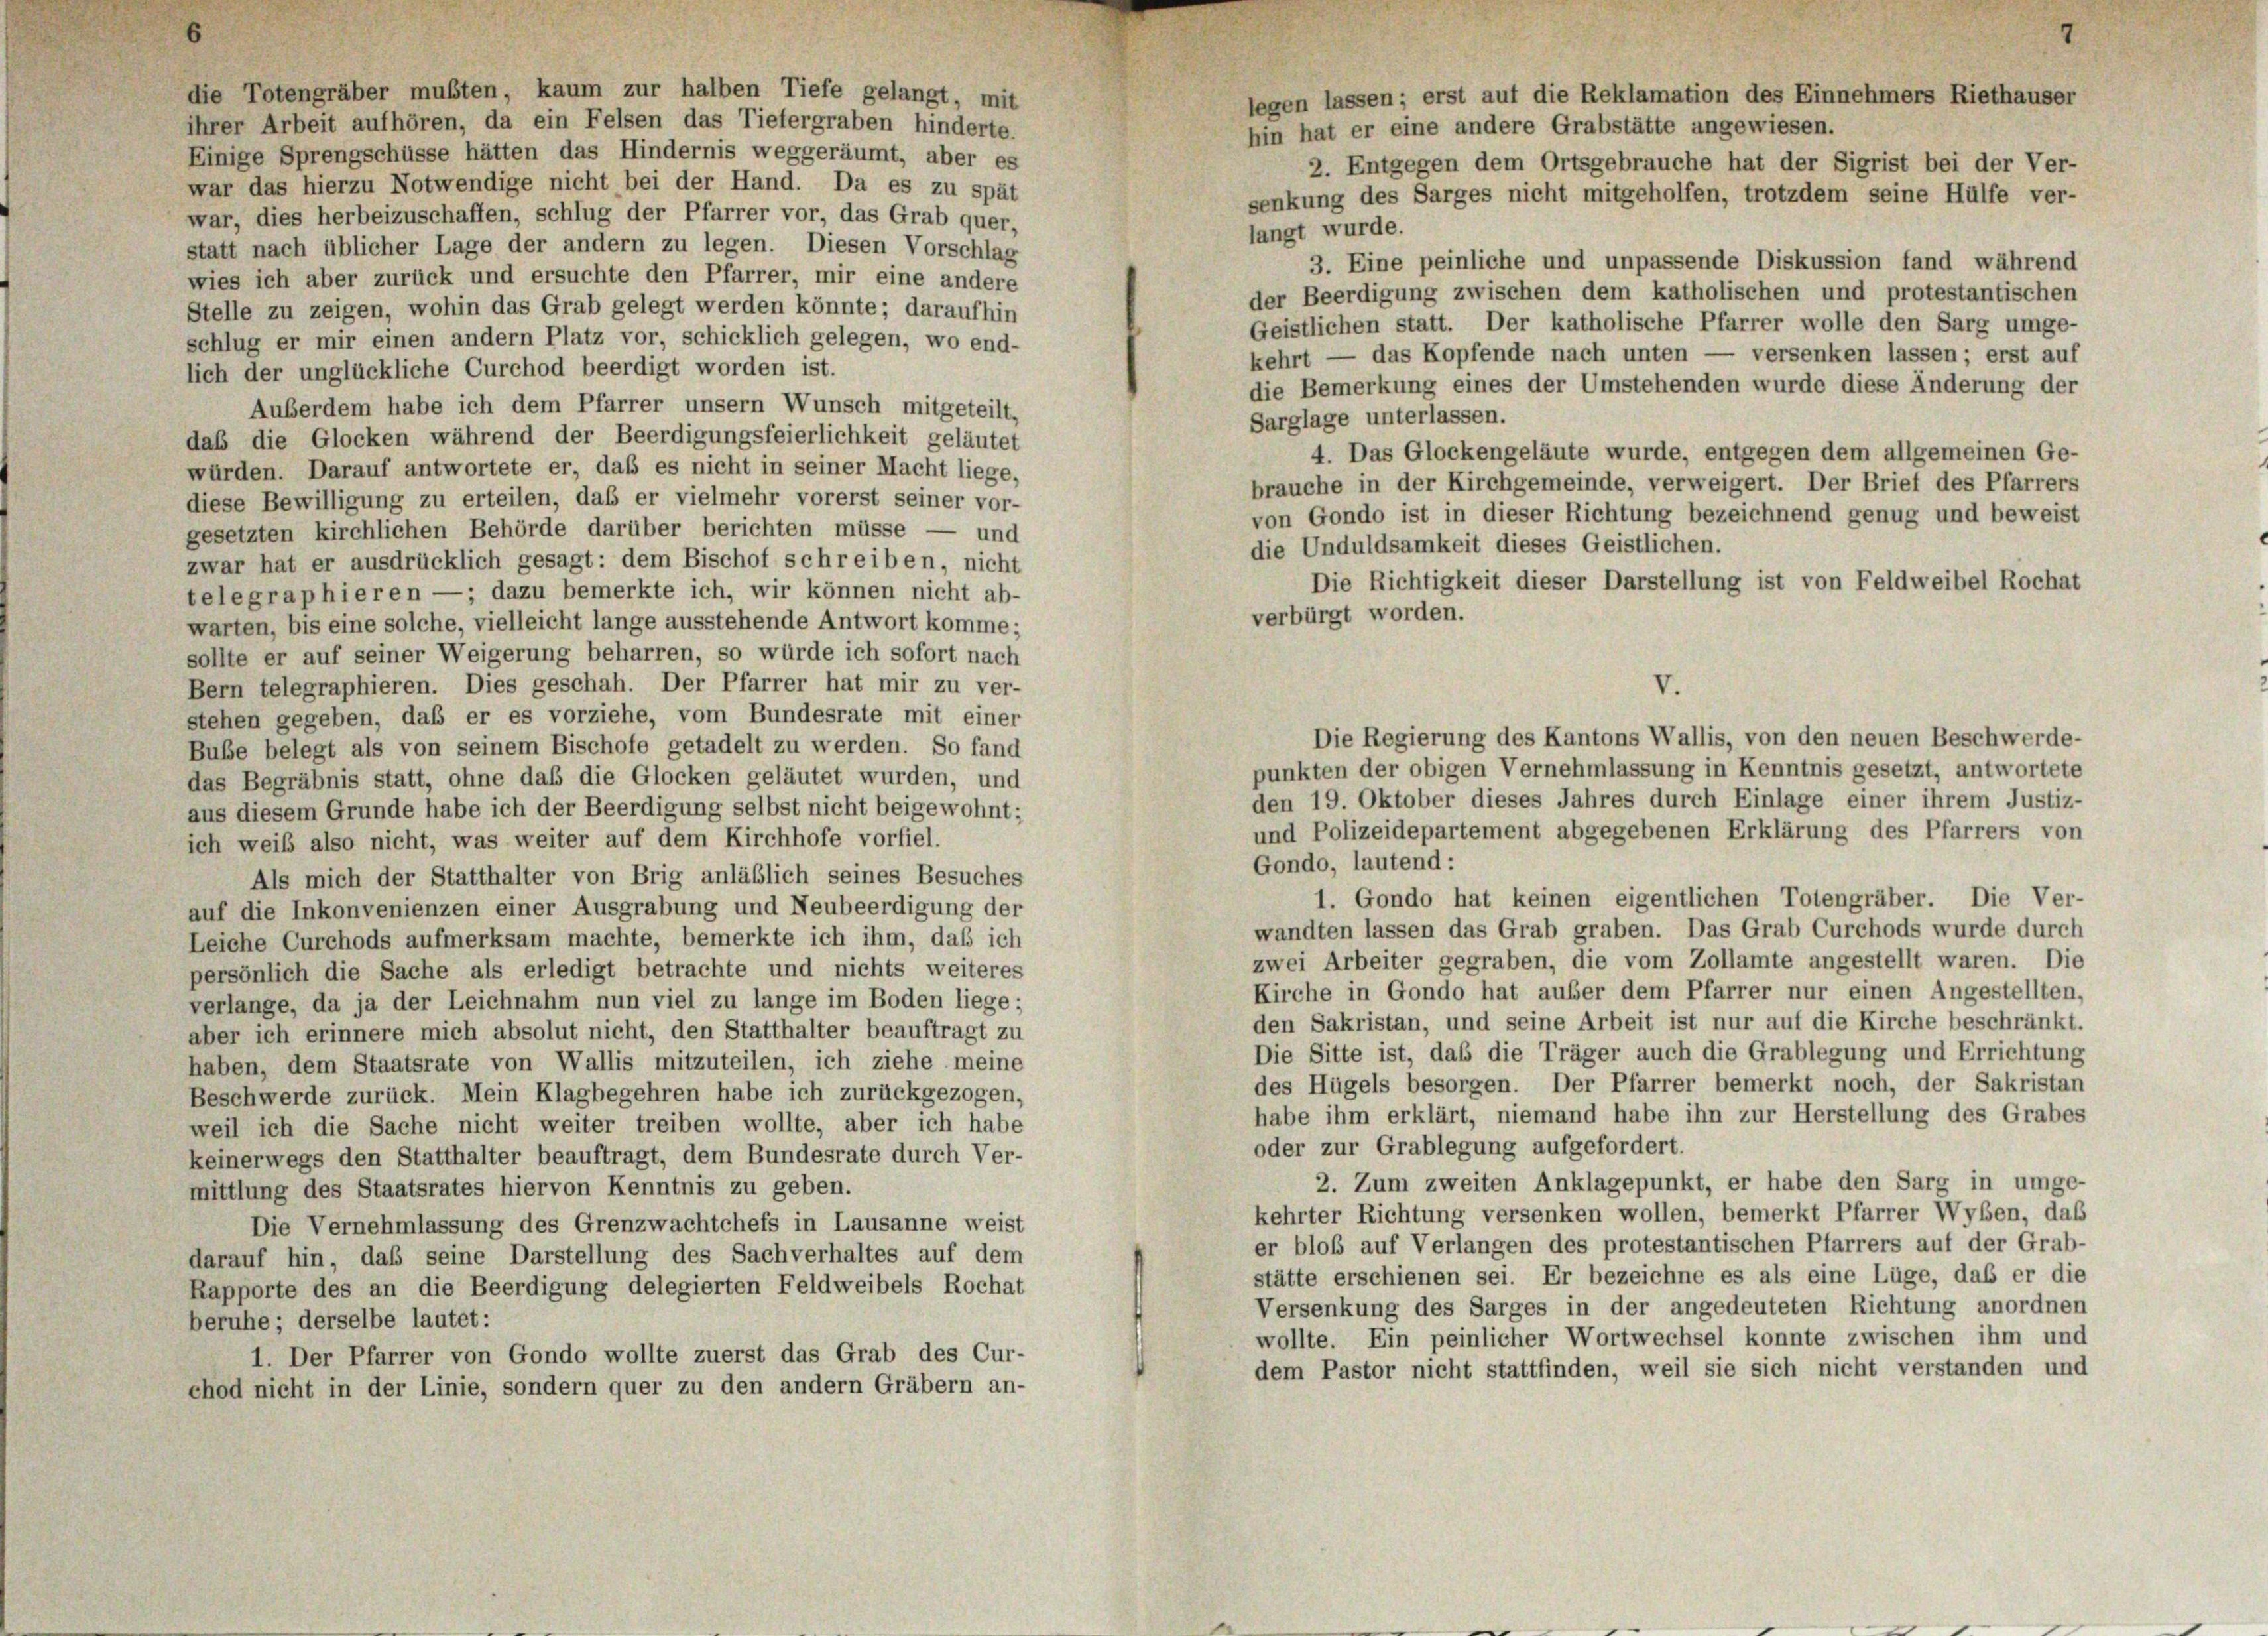
die Totengräber mußten, kaum zur halben Tiefe gelangt, mit
ihrer Arbeit aufhören, da ein Felsen das Tiefergraben hinderte.
Einige Sprengschüsse hätten das Hindernis weggeräumt, aber es
war das hierzu Notwendige nicht bei der Hand. Da es zu spät

legen lassen; erst auf die Reklamation des Einnehmers Riethauser
hin hat er eine andere Grabstätte angewiesen.
2. Entgegen dem Ortsgebrauche hat der Sigrist bei der Ver-
senkung des Sarges nicht mitgeholfen, trotzdem seine Hülfe ver-
war, dies herbeizuschaffen, schlug der Pfarrer vor, das Grab quer,
langt wurde.
statt nach üblicher Lage der andern zu legen. Diesen Vorschlag
3. Eine peinliche und unpassende Diskussion fand während
wies ich aber zurück und ersuchte den Pfarrer, mir eine andere
der Beerdigung zwischen dem katholischen und protestantischen
Stelle zu zeigen, wohin das Grab gelegt werden könnte; daraufhin
Geistlichen statt. Der katholische Pfarrer wolle den Sarg umge-
schlug er mir einen andern Platz vor, schicklich gelegen, wo end-
kehrt — das Kopfende nach unten — versenken lassen; erst auf
lich der unglückliche Curchod beerdigt worden ist.
die Bemerkung eines der Umstehenden wurde diese Änderung der
Auberdem habe ich dem Pfarrer unsern Wunsch mitgeteilt,
Sarglage unterlassen.
das die Glocken während der Beerdigungsfeierlichkeit geläutet
4. Das Glockengeläute wurde, entgegen dem allgemeinen Ge-
würden. Darauf antwortete er, daß es nicht in seiner Macht liege,
brauche in der Kirchgemeinde, verweigert. Der Brief des Pfarrers
diese Bewilligung zu erteilen, daß er vielmehr vorerst seiner vor-
von Gondo ist in dieser Richtung bezeichnend genug und beweist
gesetzten kirchlichen Behörde darüber berichten müsse — und
die Unduldsamkeit dieses Geistlichen.
zwar hat er ausdrücklich gesagt: dem Bischof schreiben, nicht
Die Richtigkeit dieser Darstellung ist von Feldweibel Rochat
telegraphieren — ; dazu bemerkte ich, wir können nicht ab-
verbürgt worden.
warten, bis eine solche, vielleicht lange ausstehende Antwort komme;
sollte er auf seiner Weigerung beharren, so würde ich sofort nach
Bern telegraphieren. Dies geschah. Der Pfarrer hat mir zu ver-
stehen gegeben, daß er es vorziehe, vom Bundesrate mit einer
Die Regierung des Kantons Wallis, von den neuen Beschwerde-
Bube belegt als von seinem Bischofe getadelt zu werden. So fand
punkten der obigen Vernehmlassung in Kenntnis gesetzt, antwortete
das Begräbnis statt, ohne daß die Glocken geläutet wurden, und
den 19. Oktober dieses Jahres durch Einlage einer ihrem Justiz-
aus diesem Grunde habe ich der Beerdigung selbst nicht beigewohnt;
und Polizeidepartement abgegebenen Erklärung des Pfarrers von
ich weib also nicht, was weiter auf dem Kirchhofe vorfiel.
Gondo, lautend:
Als mich der Statthalter von Brig anläßlich seines Besuches
1. Gondo hat keinen eigentlichen Totengräber. Die Ver-
auf die Inkonvenienzen einer Ausgrabung und Neubeerdigung der
wandten lassen das Grab graben. Das Grab Curchods wurde durch
Leiche Curchods aufmerksam machte, bemerkte ich ihm, daß ich
zwei Arbeiter gegraben, die vom Zollamte angestellt waren. Die
persönlich die Sache als erledigt betrachte und nichts weiteres
Kirche in Gondo hat außer dem Pfarrer nur einen Angestellten,
verlange, da ja der Leichnahm nun viel zu lange im Boden liege;
den Sakristan, und seine Arbeit ist nur auf die Kirche beschränkt.
aber ich erinnere mich absolut nicht, den Statthalter beauftragt zu
Die Sitte ist, daß die Träger auch die Grablegung und Errichtung
haben, dem Staatsrate von Wallis mitzuteilen, ich ziehe meine
des Hügels besorgen. Der Pfarrer bemerkt noch, der Sakristan
Beschwerde zurück. Mein Klagbegehren habe ich zurückgezogen,
habe ihm erklärt, niemand habe ihn zur Herstellung des Grabes
weil ich die Sache nicht weiter treiben wollte, aber ich habe
oder zur Grablegung aufgefordert.
keinerwegs den Statthalter beauftragt, dem Bundesrate durch Ver-
2. Zum zweiten Anklagepunkt, er habe den Sarg in umge-
mittlung des Staatsrates hiervon Kenntnis zu geben.
kehrter Richtung versenken wollen, bemerkt Pfarrer Wyben, das
Die Vernehmlassung des Grenzwachtchefs in Lausanne weist
er bloß auf Verlangen des protestantischen Pfarrers auf der Grab-
darauf hin, daß seine Darstellung des Sachverhaltes auf dem
stätte erschienen sei. Er bezeichne es als eine Lüge, daß er die
Rapporte des an die Beerdigung delegierten Feldweibels Rochat
Versenkung des Sarges in der angedeuteten Richtung anordnen
beruhe; derselbe lautet:
wollte. Ein peinlicher Wortwechsel konnte zwischen ihm und
1. Der Pfarrer von Gondo wollte zuerst das Grab des Cur-
dem Pastor nicht stattfinden, weil sie sich nicht verstanden und
chod nicht in der Linie, sondern quer zu den andern Gräbern an-